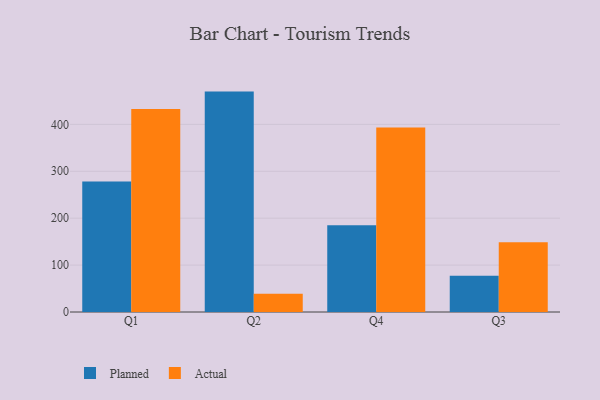
{"axis": {"x": "Quarter", "y": "Page Views"}, "legend": ["Actual", "Planned"], "data": [{"x": "Q1", "y": 278.1, "type": "Planned"}, {"x": "Q1", "y": 433.0, "type": "Actual"}, {"x": "Q2", "y": 469.9, "type": "Planned"}, {"x": "Q2", "y": 38.8, "type": "Actual"}, {"x": "Q4", "y": 184.9, "type": "Planned"}, {"x": "Q4", "y": 393.3, "type": "Actual"}, {"x": "Q3", "y": 77.4, "type": "Planned"}, {"x": "Q3", "y": 148.7, "type": "Actual"}]}